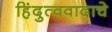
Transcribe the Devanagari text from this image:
हिंदुत्ववादाचे